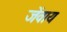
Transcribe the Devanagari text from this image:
जेंवाय